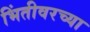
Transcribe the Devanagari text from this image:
भिंतीवरच्या